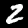
Label: 2